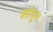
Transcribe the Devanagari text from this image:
सांधून